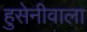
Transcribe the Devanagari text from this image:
हुसेनीवाला